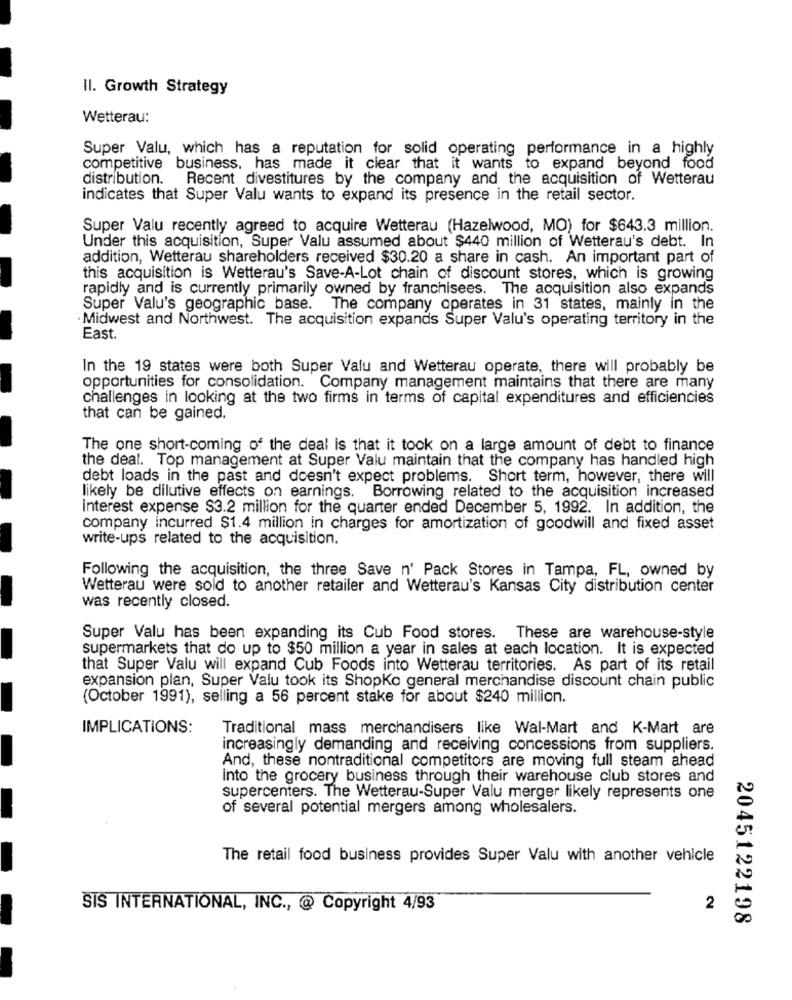
Il. Growth Strategy
Wetterau:
Super Valu, which has a reputation for solid operating performance in a highly
competitive business, has made it clear that it wants to expand beyond food
distribution.
Recent divestitures by the company and the acquisition of Wetterau
indicates that Super Valu wants to expand its presence in the retail sector.
Super Valu recently agreed to acquire Wetterau (Hazelwood, MO) for $643.3 million.
Under this acquisition, Super Valu assumed about $440 million of Wetterau's debt. In
addition, Wetterau shareholders received $30.20 a share in cash. An important part of
this acquisition is Wetterau's Save-A-Lot chain of discount stores, which is growing
rapidly and is currently primarily owned by franchisees. The acquisition also expands
Super Valu's geographic base. The company operates in 31 states, mainly in the
·Midwest and Northwest. The acquisition expands Super Valu's operating territory in the
East.
In the 19 states were both Super Valu and Wetterau operate, there will probably be
opportunities for consolidation. Company management maintains that there are many
challenges in looking at the two firms in terms of capital expenditures and efficiencies
that can be gained.
The one short-coming of the deal is that it took on a large amount of debt to finance
the deal. Top management at Super Valu maintain that the company has handled high
debt loads in the past and doesn't expect problems. Short term, however, there will
likely be dilutive effects on earnings. Borrowing related to the acquisition increased
interest expense $3.2 million for the quarter ended December 5, 1992. In addition, the
company incurred $1.4 million in charges for amortization of goodwill and fixed asset
write-ups related to the acquisition.
Following the acquisition, the three Save n' Pack Stores in Tampa, FL, owned by
Wetterau were sold to another retailer and Wetterau's Kansas City distribution center
was recently closed.
Super Valu has been expanding its Cub Food stores. These are warehouse-style
supermarkets that do up to $50 million a year in sales at each location. It is expected
that Super Valu will expand Cub Foods into Wetterau territories. As part of its retail
expansion plan, Super Valu took its Shopko general merchandise discount chain public
(October 1991), selling a 56 percent stake for about $240 million.
IMPLICATIONS:
Traditional mass merchandisers like Wal-Mart and K-Mart are
increasingly demanding and receiving concessions from suppliers.
And, these nontraditional competitors are moving full steam ahead
into the grocery business through their warehouse club stores and
supercenters. The Wetterau-Super Valu merger likely represents one
of several potential mergers among wholesalers.
The retail food business provides Super Valu with another vehicle
SIS INTERNATIONAL, INC ., @ Copyright 4/93
2
2045122198